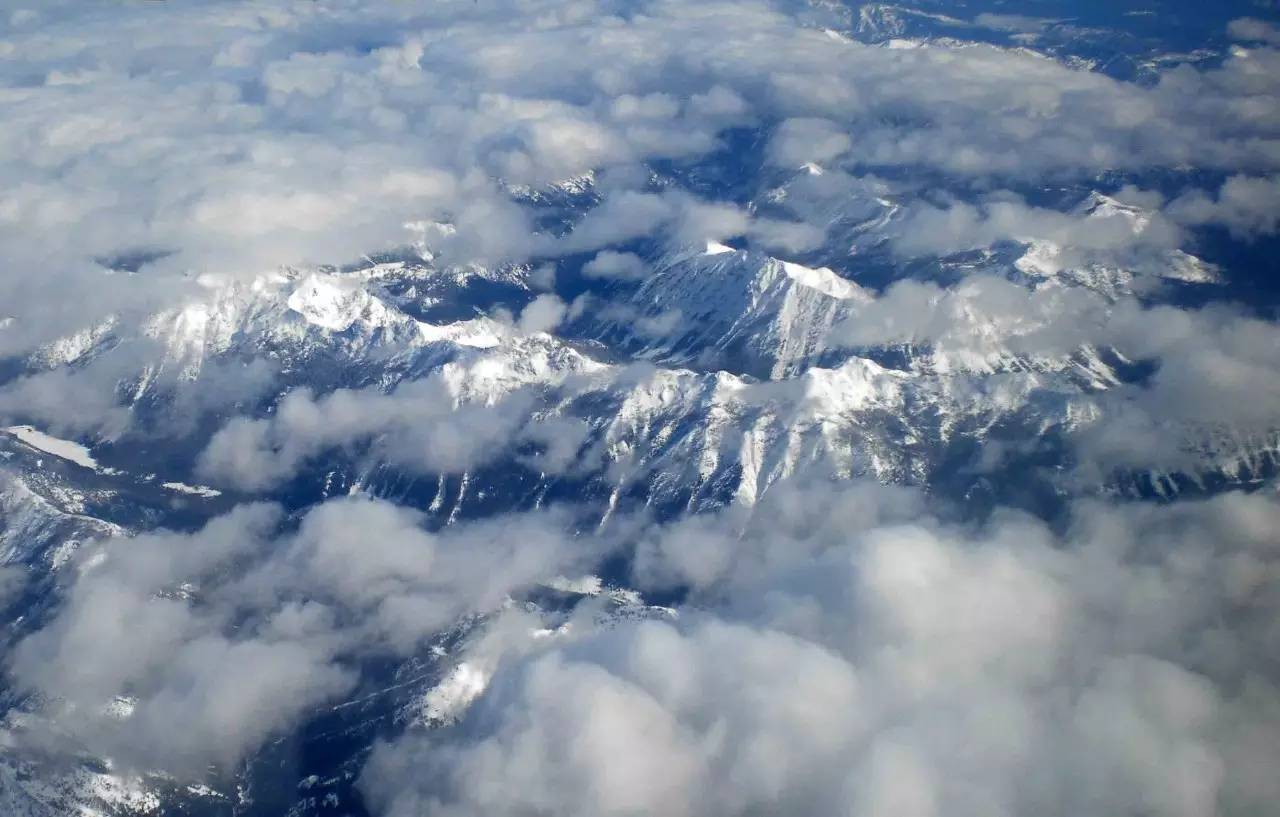
地中有山，谦君子以裒多益寡，称物平施。